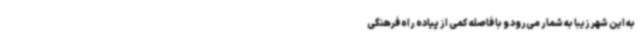
به این شهر زیبا به شمار می‌رود و با فاصله کمی از پیاده راه فرهنگی